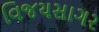
વિજયસાગર